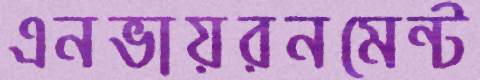
এনভায়রনমেন্ট